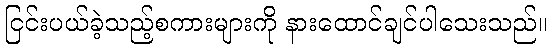
ငြင်းပယ်ခဲ့သည့်စကားများကို နားထောင်ချင်ပါသေးသည်။